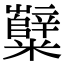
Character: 糱